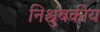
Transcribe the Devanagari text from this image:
निश्चुंबकीय